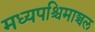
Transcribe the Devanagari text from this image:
मध्यपश्चिमाञ्चल